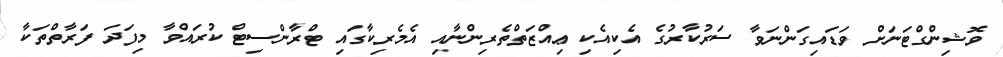
ވޮޝިންގްޓަނަށް ވަޑައިގަންނަވާ ސަރުކާރުގެ އެކިއެކި ޢިއްޒަތްތެރިންނާއި އެމެރިކާގައި ޓްރާންސިޓް ކުރައްވާ މިފަދަ ފަރާތްތަކާ